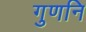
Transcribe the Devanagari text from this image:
गुणनि